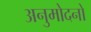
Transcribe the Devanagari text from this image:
अनुमोदनो